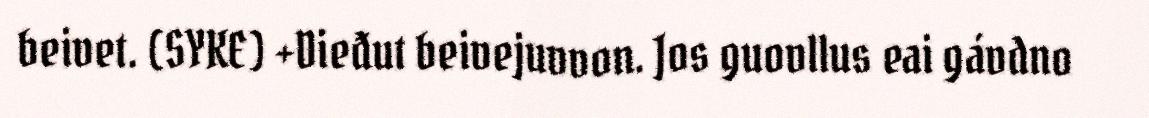
beivet. (SYKE) +Dieđut beivejuvvon. Jos guovllus eai gávdno